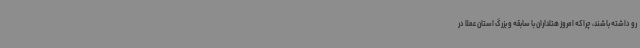
رو داشته باشند، چراکه امروز هتلداران با سابقه و بزرگ استان عملا در